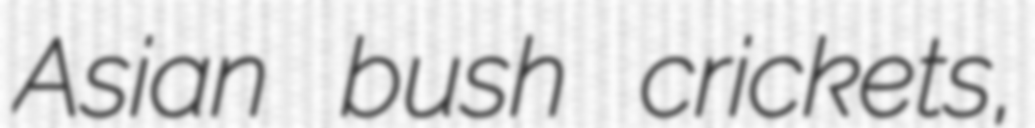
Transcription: Asian bush crickets,